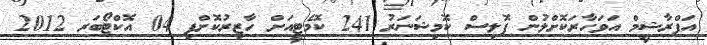
އަފްރާޝީމް އަވަހާރަކޮށްލުން ޕޮލިސް ކޮމިޝަނަރު 241 ކޮމެޓީއަށް ހާޒިރުކޮށްފި 04 އޮކްޓޯބަރ 2012